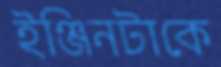
ইঞ্জিনটাকে